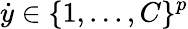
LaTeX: \dot{y}\in\{ 1,...,C\} ^{p}